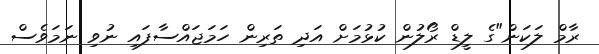
ރާމް ލަކަން"ގެ ލީޑް ރޯލުން ކުޅުމަށް އަދި ތަރިން ހަމަޖައްސާފައި ނުވި ނަމަވެސް